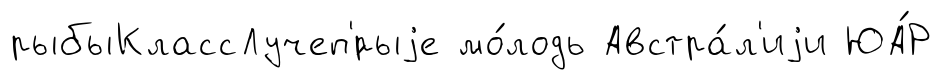
рыбыКлассЛучеп'́рыjе мо́лодь Австра́л'иjи ЮА́Р